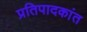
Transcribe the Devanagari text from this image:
प्रतिपादकांत